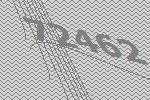
72462